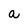
Character: a